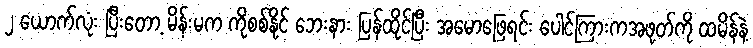
၂ ယောက်လုံး ပြီးတော့ မိန်းမက ကိုစစ်နိုင် ဘေးနား ပြန်ထိုင်ပြီး အမောဖြေရင်း ပေါင်ကြားကအဖုတ်ကို ထမိန်နဲ့